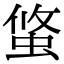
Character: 𧌁